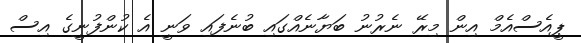
ޕީއެސްއެމް އިން މިރޭ ނެރުނު ބަޔާނެއްގައި ބުނެފައި ވަނީ އެ ކުންފުނީގެ އިސް